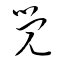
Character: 覚